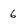
Character: 6